Indian journal of veterinary science and animal husbandry - Volume 8,
Year: 1938
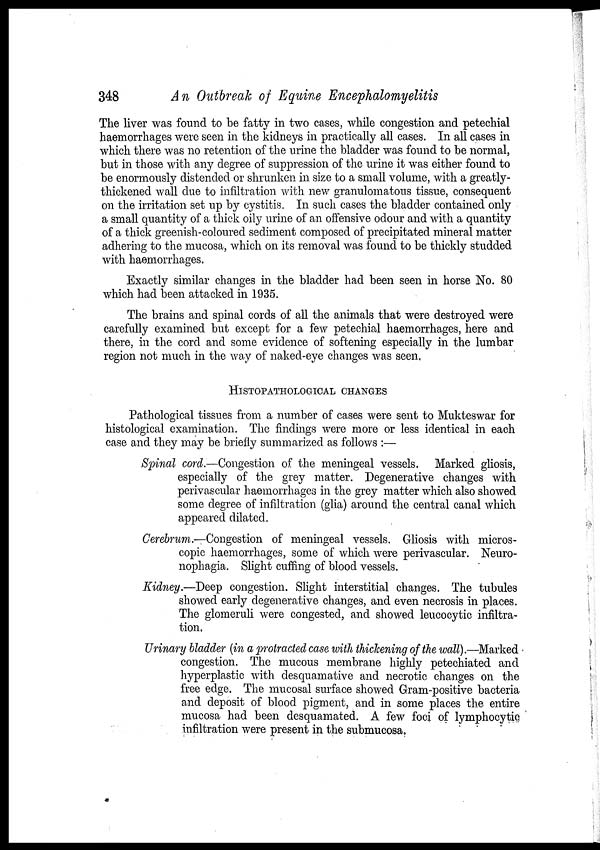
348
An Outbreak of Equine Encephalomyelitis
The liver was found to be fatty in two cases, while congestion and petechial
haemorrhages were seen in the kidneys in practically all cases. In all cases in
which there was no retention of the urine the bladder was found to be normal,
but in those with any degree of suppression of the urine it was either found to
be enormously distended or shrunken in size to a small volume, with a greatly-
thickened wall due to infiltration with new granulomatous tissue, consequent
on the irritation set up by cystitis. In such cases the bladder contained only
a small quantity of a thick oily urine of an offensive odour and with a quantity
of a thick greenish-coloured sediment composed of precipitated mineral matter
adhering to the mucosa, which on its removal was found to be thickly studded
with haemorrhages.
Exactly similar changes in the bladder had been seen in horse No. 80
which had been attacked in 1935.
The brains and spinal cords of all the animals that were destroyed were
carefully examined but except for a few petechial haemorrhages, here and
there, in the cord and some evidence of softening especially in the lumbar
region not much in the way of naked-eye changes was seen.
HISTOPATHOLOGICAL CHANGES
Pathological tissues from a number of cases were sent to Mukteswar for
histological examination. The findings were more or less identical in each
case and they may be briefly summarized as follows :—
Spinal cord.—Congestion of the meningeal vessels. Marked gliosis,
especially of the grey matter. Degenerative changes with
perivascular haemorrhages in the grey matter which also showed
some degree of infiltration (glia) around the central canal which
appeared dilated.
Cerebrum.—Congestion of meningeal vessels. Gliosis with micros-
copic haemorrhages, some of which were perivascular. Neuro¬
nophagia. Slight cuffing of blood vessels.
Kidney.—Deep congestion. Slight interstitial changes. The tubules
showed early degenerative changes, and even necrosis in places.
The glomeruli were congested, and showed leucocytic infiltra-
tion.
Urinary bladder (in a protracted case with thickening of the wall).—Marked
congestion. The mucous membrane highly petechiated and
hyperplastic with desquamative and necrotic changes on the
free edge. The mucosal surface showed Gram-positive bacteria
and deposit of blood pigment, and in some places the entire
mucosa had been desquamated. A few foci of lymphocytic
infiltration were present in the submucosa.